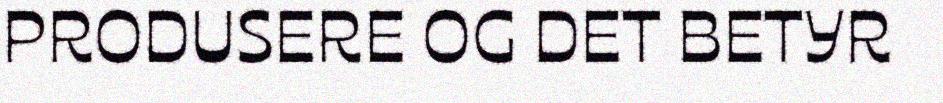
PRODUSERE OG DET BETYR